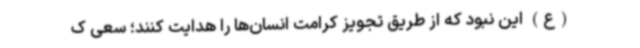
(ع) این نبود که از طریق تجویز کرامت انسان‌ها را هدایت کنند؛ سعی ک